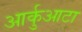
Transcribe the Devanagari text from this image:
आर्कुआटा